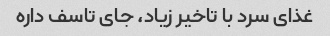
غذای سرد با تاخیر زیاد، جای تاسف داره